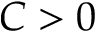
C > 0